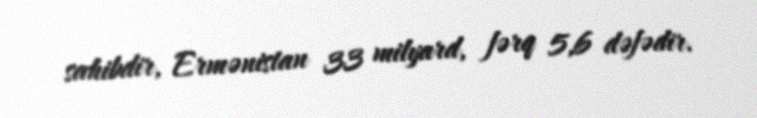
sahibdir, Ermənistan 33 milyard, fərq 5,6 dəfədir.